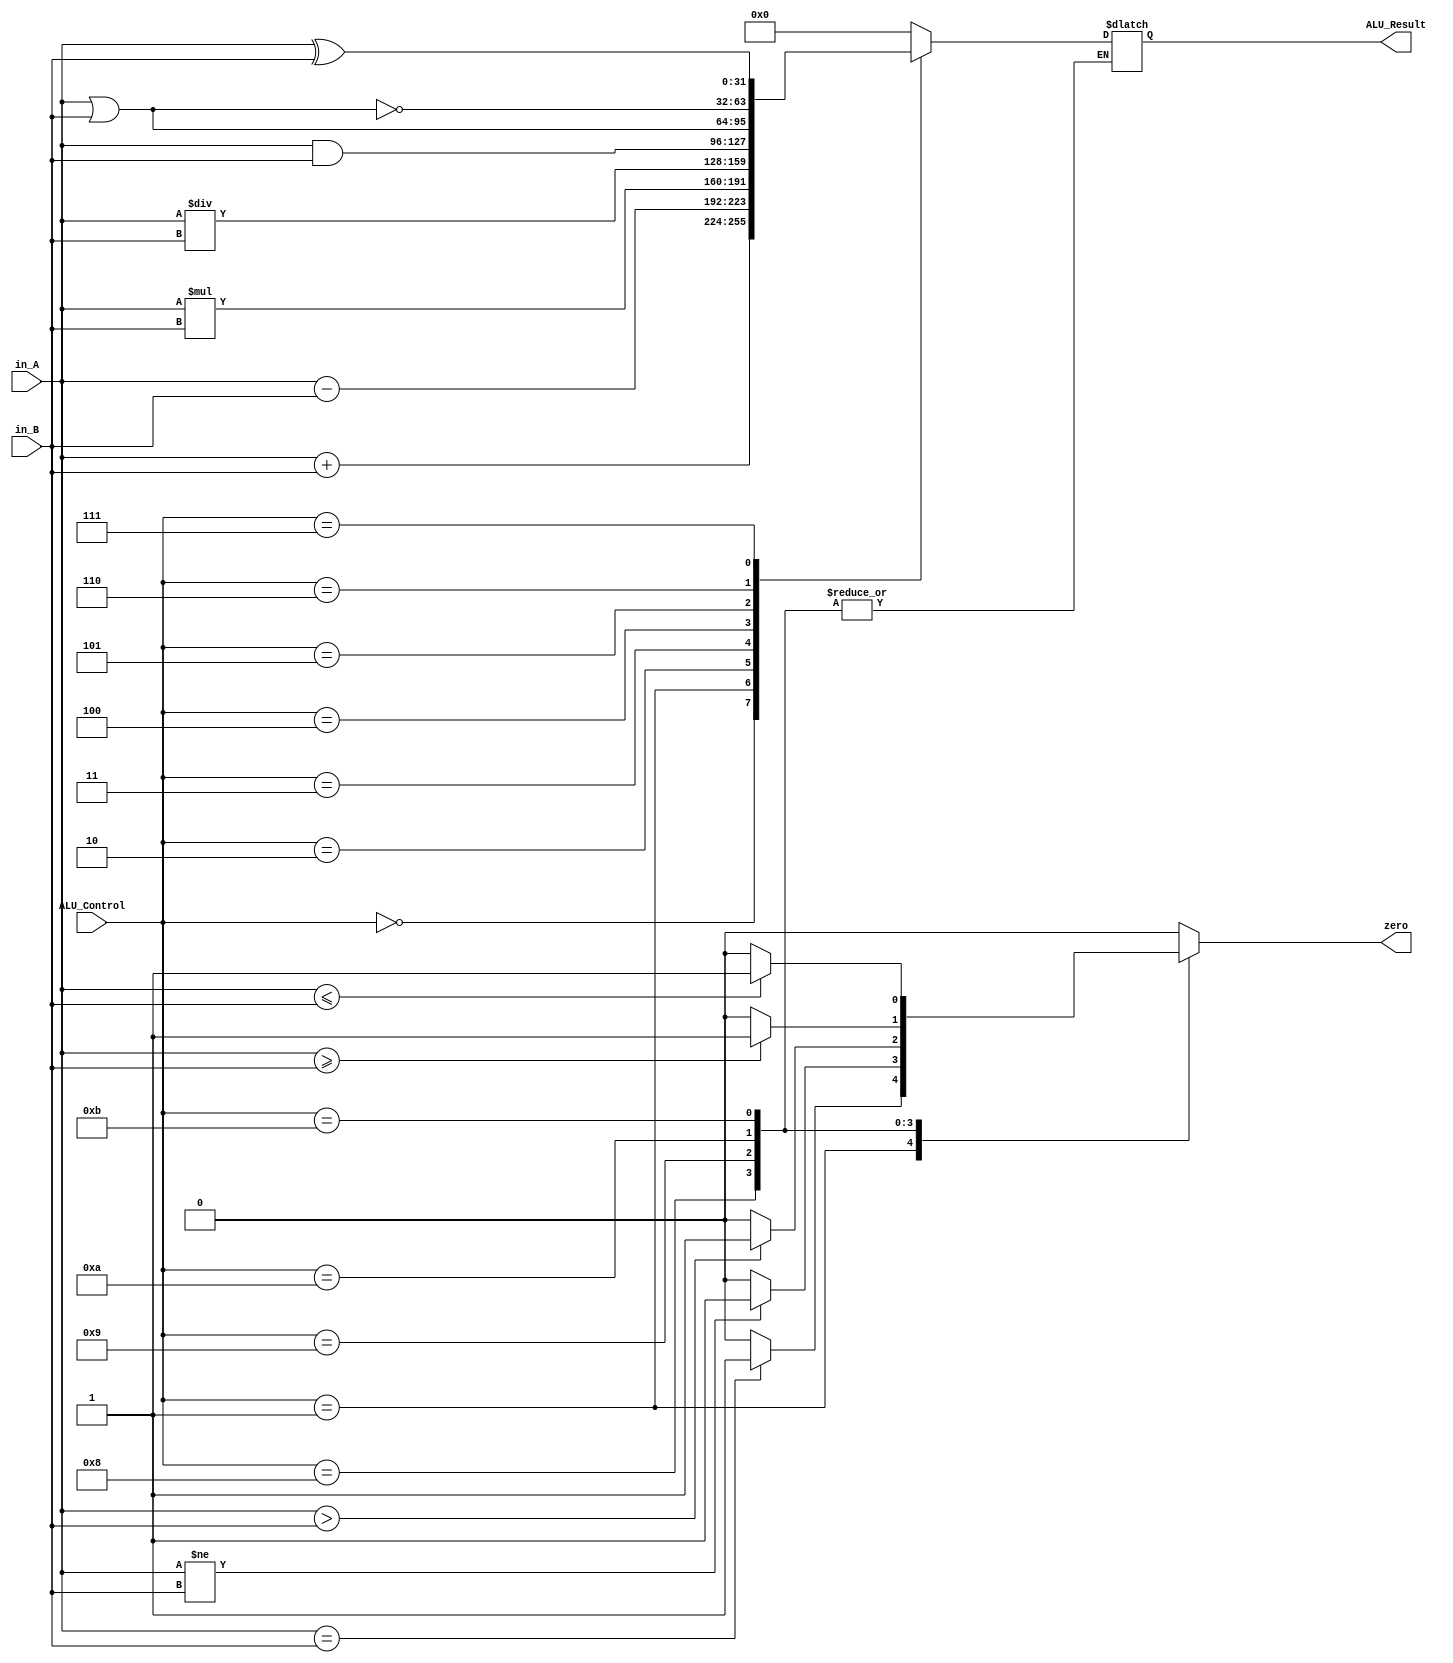
module ALU(in_A, in_B, ALU_Control, zero, ALU_Result);

	input [31:0] in_A;
	input [31:0] in_B;
	input [3:0] ALU_Control;
	output reg zero;
	output reg [31:0]ALU_Result;
	
	always @ (in_A or in_B or ALU_Control) begin
		case(ALU_Control)
			4'b0000: begin zero <= 0; ALU_Result <= in_A + in_B; end //ADD
			4'b0001: begin if(in_A==in_B) zero <= 1; else zero<=0; ALU_Result <= in_A - in_B; end //SUB
			4'b0010: begin zero <= 0; ALU_Result <= in_A * in_B; end //MULT
			4'b0011: begin zero <= 0; ALU_Result <= in_A / in_B; end //DIV
			4'b0100: begin zero <= 0; ALU_Result <= in_A & in_B; end //AND
			4'b0101: begin zero <= 0; ALU_Result <= in_A | in_B; end //OR
			4'b0110: begin zero <= 0; ALU_Result <= ~(in_A | in_B); end //NOR
			4'b0111: begin zero <= 0; ALU_Result <= in_A ^ in_B; end //XOR
			4'b1000: begin if(in_A != in_B) zero <= 1; else zero<=0; end //bne
			4'b1001: begin if(in_A > in_B) zero <= 1; else zero<=0; end //bgt
			4'b1010: begin if(in_A >= in_B) zero <= 1; else zero<=0; end //bge
			4'b1011: begin if(in_A <= in_B) zero <= 1; else zero<=0; end //ble
			
			default: begin zero <= 0; ALU_Result <= 0; end
		endcase
	end

endmodule